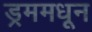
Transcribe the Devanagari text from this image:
ड्रममधून